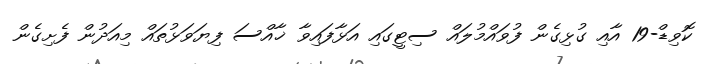
ކޮވިޑް-19 އާއި ގުޅިގެން ފުވައްމުލައް ސިޓީގައި އަޅާފައިވާ ޚާއްސަ ފިޔަވަޅުތައް މިއަދުން ފެށިގެން